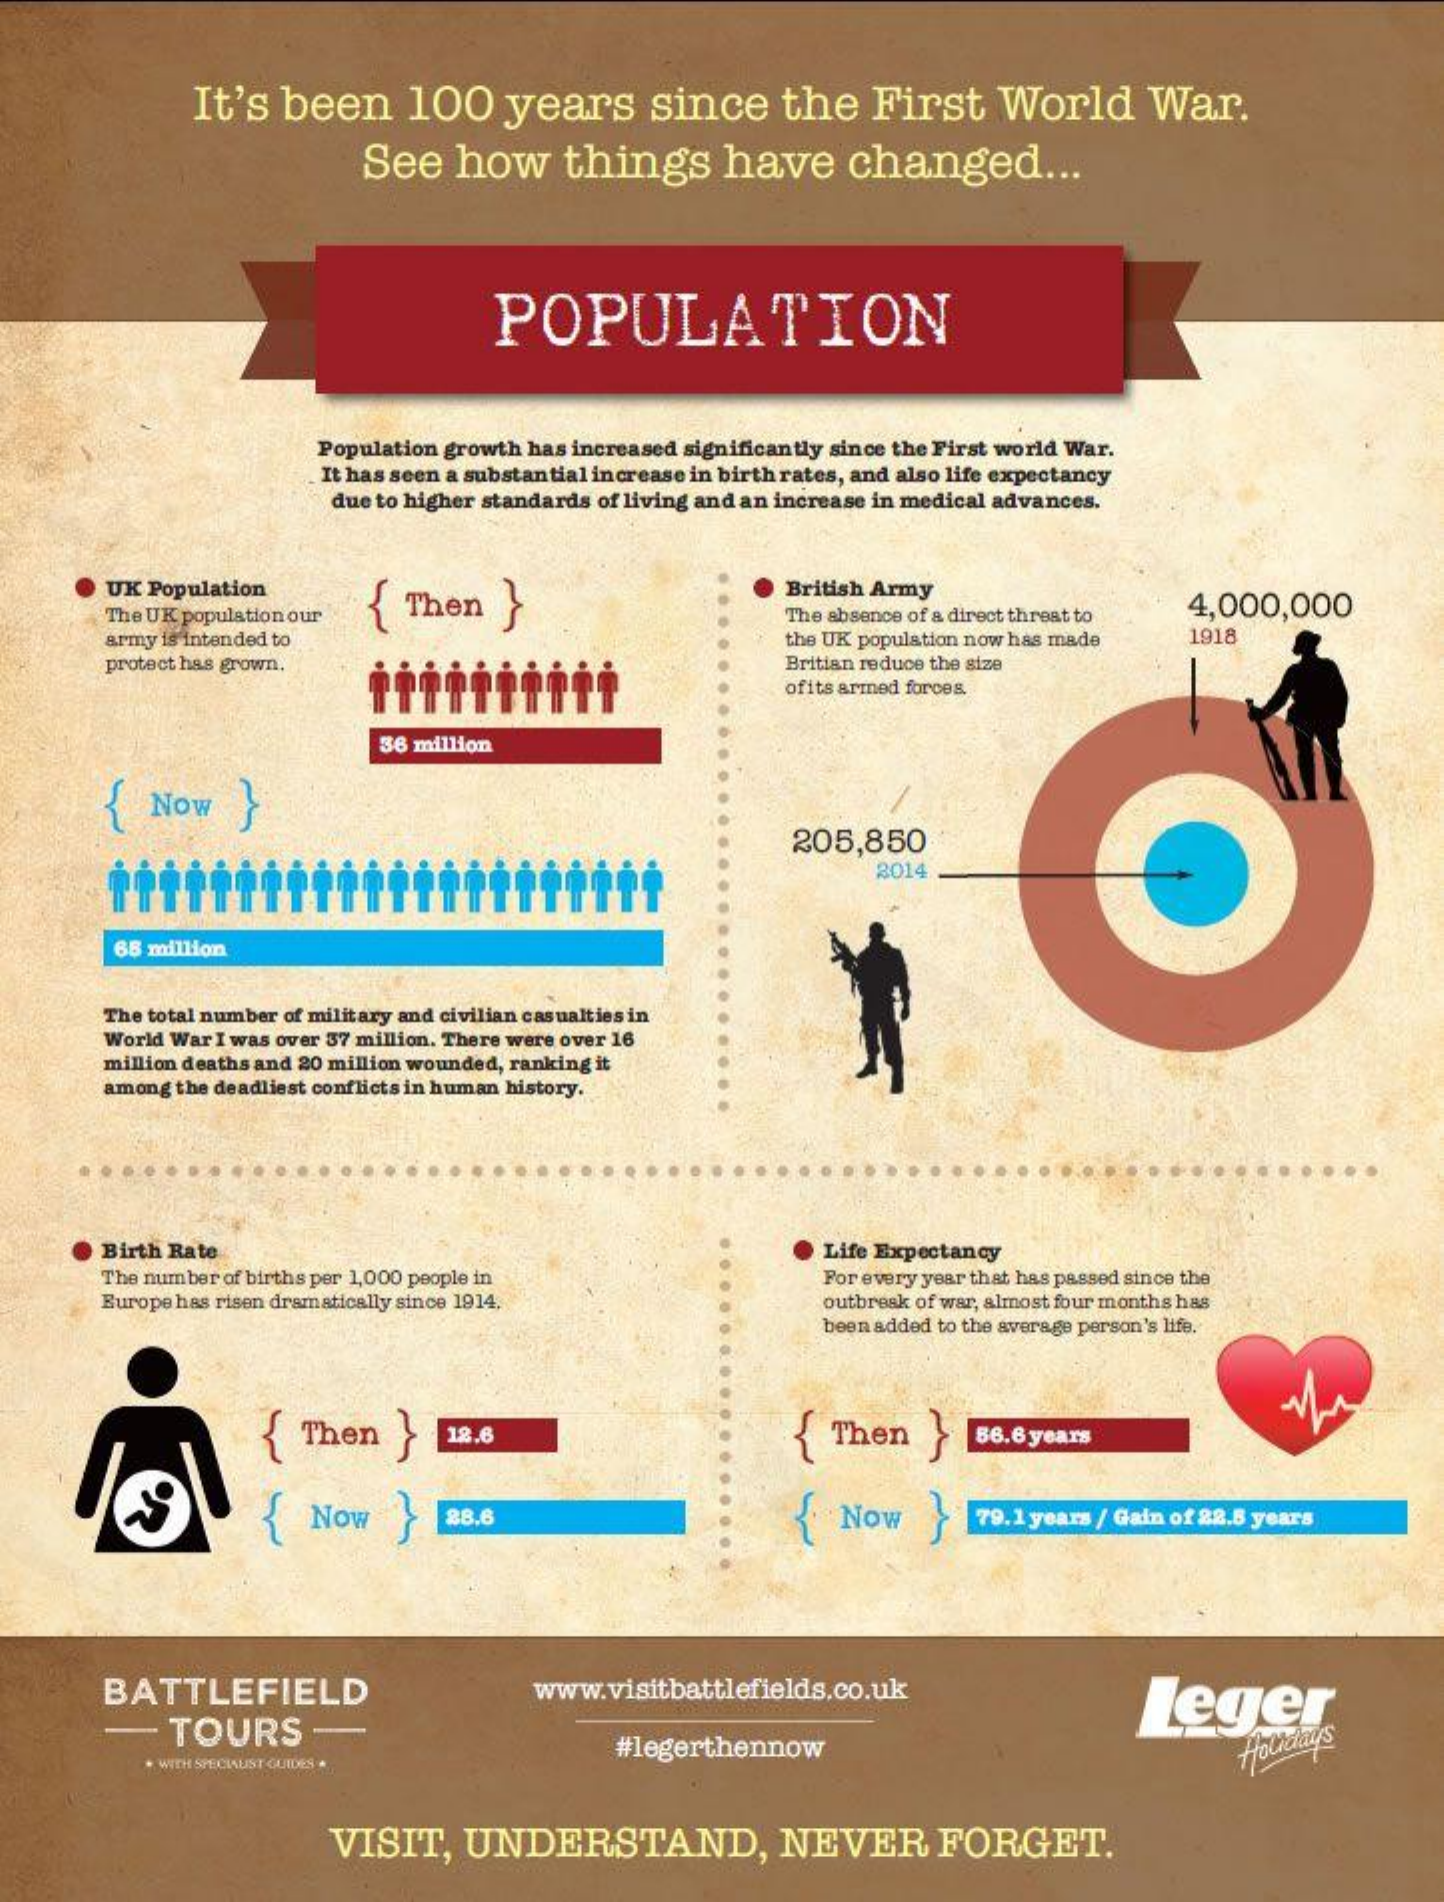
It's  been    100    years    since    the    First    World    War.
     See    how    things    have    changed    ...
     POPULATION
     Population growth has increased significantly since the First world War.
     It has seen a substantial increase in birth rates, and also life expectancy
     due to higher standards of living and an increase in medical advances.
     UK Population
     The UK population our { Then   }
     British Army
     The absence of a direct threat to 4,000,000
     army is intended to    the UK population now has made  1918
     protect has grown.    Britian reduce the size
     ofits armed forces.
     38 million
     {   Now    }
     205,850
     2014
     68 million
     The total number of military and civilian casualties in
     World War I was over 37 million. There were over 16
     million deaths and 20 million wounded, ranking it
     among the deadliest conflicts in human history.
     Birth Rate    Life Expectancy
     The number of births per 1,000 people in
     Europe has risen dramatically since 1914.
     For every year that has passed since the
     outbreak of war, almost four months has
     been added to the average person's life.
     Then    12.6    Then}    56.6 years
     NOW    28.6    Now    79.1 years / Gain of 22.8 years
     BATTLEFIELD    www.visitbattlefields.co.uk
     TOURS
     Leger
     #legerthennow
     WITH SPECIALIST GUIDES
     Holidays
     VISIT,    UNDERSTAND,    NEVER    FORGET.